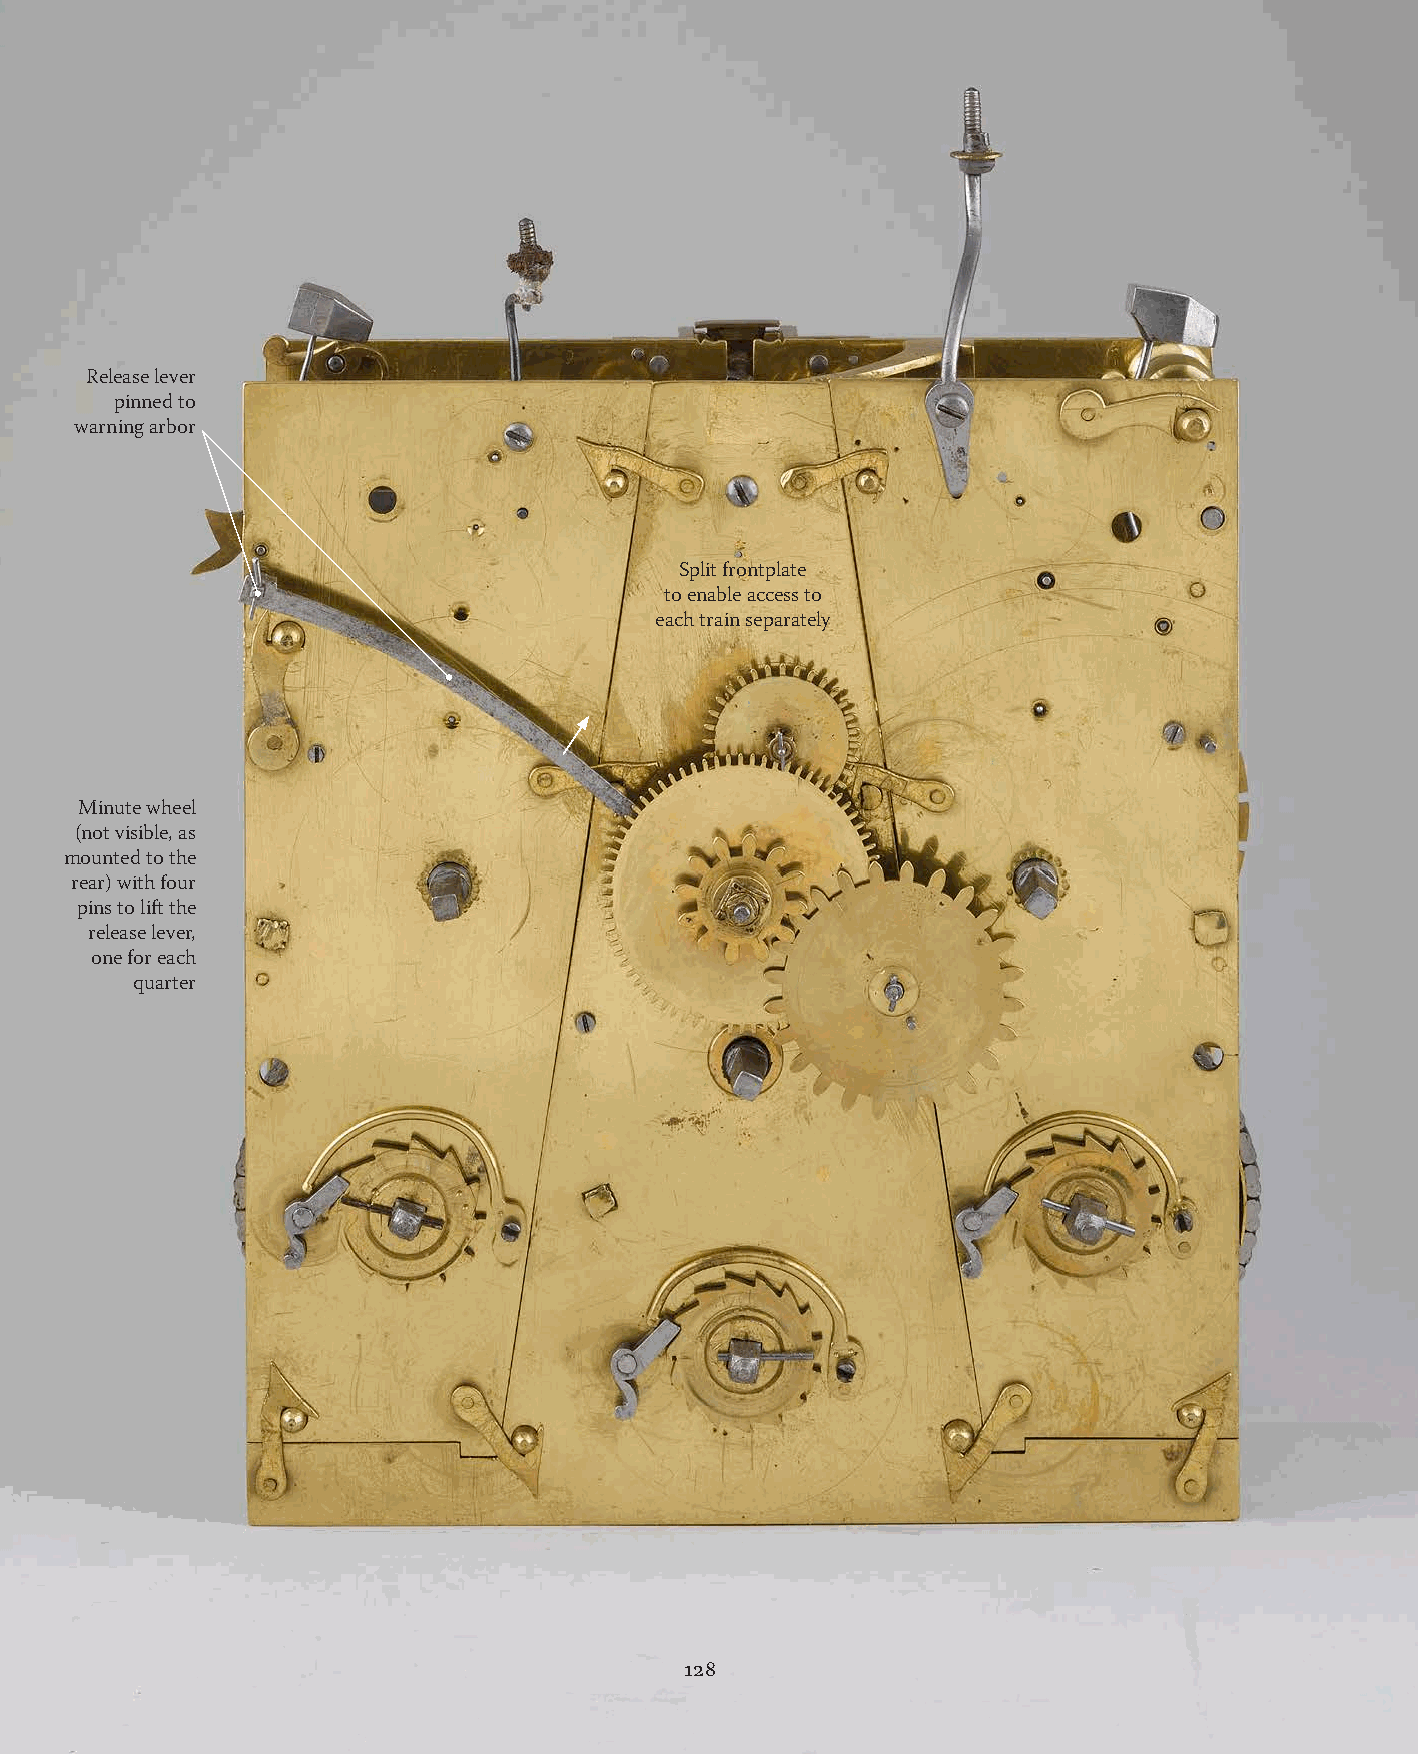
Release lever
 pinned to
 warning arbor
 Split frontplate
 to enable access to
 each train separately
 Minute wheel
 (not visible, as
 mounted to the
 rear) with four
 pins to lift the
 release lever,
 one for each
 quarter
 128